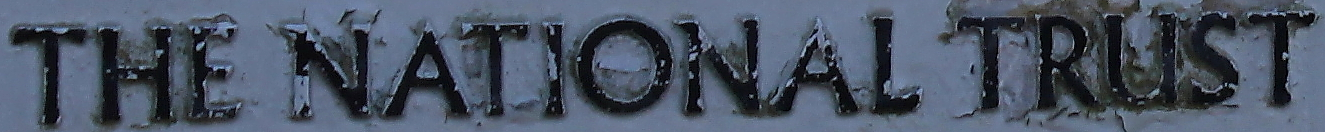
THE NATIONAL TRUST